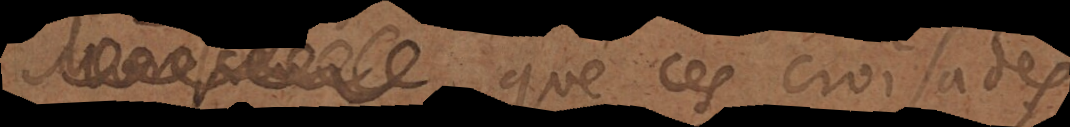
u. que ces croisades